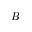
B